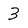
Character: 3